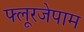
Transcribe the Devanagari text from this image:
फ्लूरजेपाम